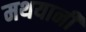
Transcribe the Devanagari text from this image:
मथयानी